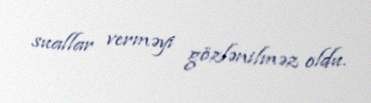
suallar verməyi gözlənilməz oldu.